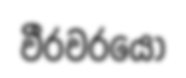
වීරවරයෝ